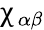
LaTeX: \upchi_{\alpha\beta}